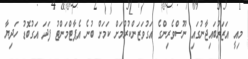
މިއީ އަޒަރުބައިޖާނުގައި ނޫސްވެރިންގެ އަގުވަޒަންކުރުމަށް ކަމަށް ބުނެ އެޕާޓްމަންޓު ފަދަ އަގުބޮޑު ހަދިޔާ